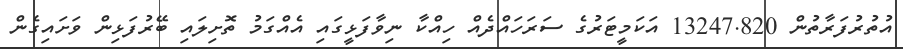
އުތުރުފަރާތުން 13247.820 އަކަމީޓަރުގެ ސަރަހައްދެއް ހިއްކާ ނިވާފަޅީގައި އެއްގަމު ތޮށިލައި ބޭރުފަޅިން ވަށައިގެން